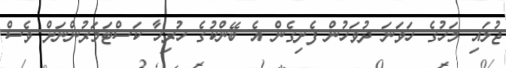
ޖުލައި މަހުގެ ހަވަނަ ދުވަހުން ފެށިގެން އެ ބޭންކުގެ ހުރިހާ ކަސްޓަމަރުންނަށް ވެސް